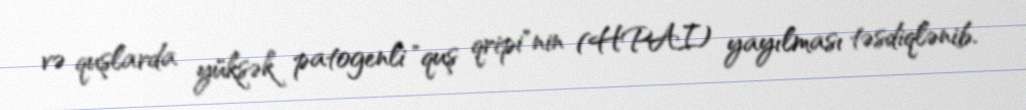
və quşlarda yüksək patogenli "quş qripi"nin (HPAI) yayılması təsdiqlənib.